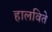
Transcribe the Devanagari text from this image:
हालविते